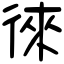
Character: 徠